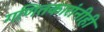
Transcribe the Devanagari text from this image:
गणितकारांनीही